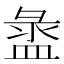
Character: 盝